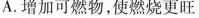
A.增加可燃物，使燃烧更旺